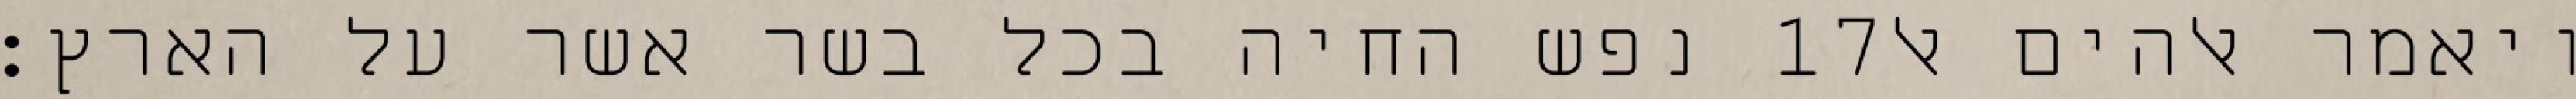
נפש החיה בכל בשר אשר על הארץ׃ ‎17‏ ויאמר אלהים אל